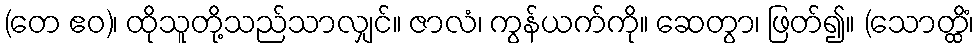
(တေ ဧဝ)၊ ထိုသူတို့သည်သာလျှင်။ ဇာလံ၊ ကွန်ယက်ကို။ ဆေတွာ၊ ဖြတ်၍။ (သောတ္ထိံ၊